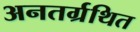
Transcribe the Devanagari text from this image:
अनतर्ग्रथित